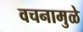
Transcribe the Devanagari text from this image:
वचनामुळे